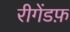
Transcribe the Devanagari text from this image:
रीगेंडफ़